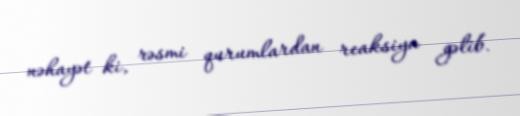
nəhayət ki, rəsmi qurumlardan reaksiya gəlib.